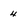
Character: 4